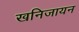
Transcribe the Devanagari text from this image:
खनिजायन